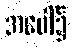
အပေါ်၌